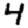
Digit: 4